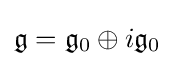
{\mathfrak {g}}={\mathfrak {g}}_{0}\oplus i{\mathfrak {g}}_{0}